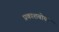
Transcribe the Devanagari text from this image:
प्रकाशबोया